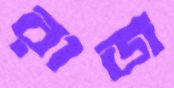
রাজ